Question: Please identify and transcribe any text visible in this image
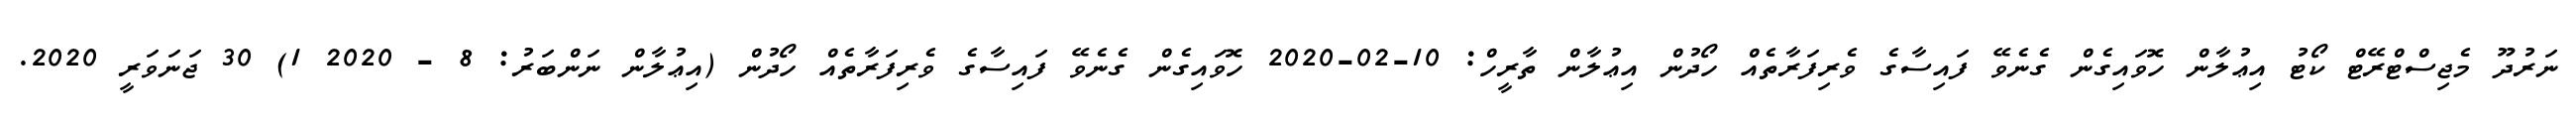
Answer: ނަރުދޫ މެޖިސްޓްރޭޓް ކޯޓު އިޢުލާން ހޮވައިގެން ގެނެވޭ ފައިސާގެ ވެރިފަރާތެއް ހޯދުން އިޢުލާން ތާރީހް: 10-02-2020 ހޮވައިގެން ގެނެވޭ ފައިސާގެ ވެރިފަރާތެއް ހޯދުން (އިޢުލާން ނަންބަރު: 8 - 2020 1) 30 ޖަނަވަރީ 2020.